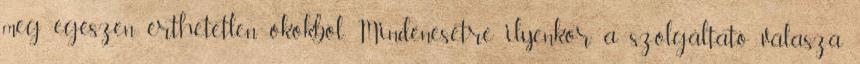
meg egészen érthetetlen okokból. Mindenesetre ilyenkor a szolgáltató válasza